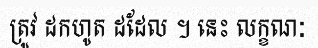
ត្រូវ ដកហូត ដដែល ។ នេះ លក្ខណៈ